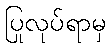
ပြုလုပ်ရာမှ